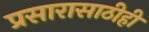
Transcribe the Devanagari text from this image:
प्रसारासाठीही